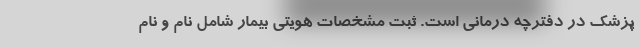
پزشک در دفترچه درمانی است. ثبت مشخصات هویتی بیمار شامل نام و نام